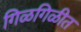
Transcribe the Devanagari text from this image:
गिळगिळीत